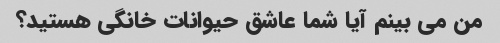
من می بینم آیا شما عاشق حیوانات خانگی هستید؟